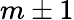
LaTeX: m\pm 1